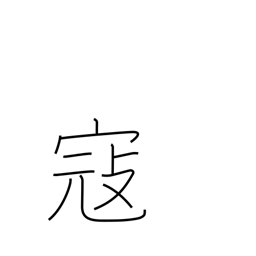
Meaning: invade